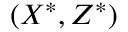
( X ^ { * } , Z ^ { * } )